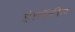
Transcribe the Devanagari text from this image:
हेलाॅवीन